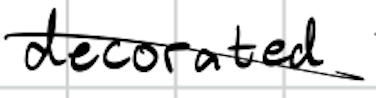
Text: decorated
Cross-out: diagonal
Writing tool: digital_black